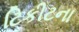
ટિકીટના